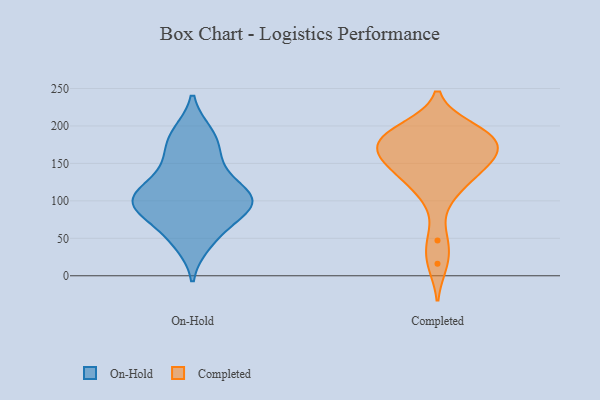
{"axis": {"x": "Revenue (USD Million)", "y": "Value"}, "legend": ["Completed", "On-Hold"], "data": [{"x": "", "y": 150, "type": "On-Hold"}, {"x": "", "y": 105, "type": "On-Hold"}, {"x": "", "y": 190, "type": "On-Hold"}, {"x": "", "y": 75, "type": "On-Hold"}, {"x": "", "y": 132, "type": "On-Hold"}, {"x": "", "y": 109, "type": "On-Hold"}, {"x": "", "y": 94, "type": "On-Hold"}, {"x": "", "y": 106, "type": "On-Hold"}, {"x": "", "y": 98, "type": "On-Hold"}, {"x": "", "y": 187, "type": "On-Hold"}, {"x": "", "y": 101, "type": "On-Hold"}, {"x": "", "y": 166, "type": "On-Hold"}, {"x": "", "y": 89, "type": "On-Hold"}, {"x": "", "y": 54, "type": "On-Hold"}, {"x": "", "y": 43, "type": "On-Hold"}, {"x": "", "y": 192, "type": "Completed"}, {"x": "", "y": 107, "type": "Completed"}, {"x": "", "y": 47, "type": "Completed"}, {"x": "", "y": 177, "type": "Completed"}, {"x": "", "y": 190, "type": "Completed"}, {"x": "", "y": 183, "type": "Completed"}, {"x": "", "y": 167, "type": "Completed"}, {"x": "", "y": 124, "type": "Completed"}, {"x": "", "y": 16, "type": "Completed"}, {"x": "", "y": 175, "type": "Completed"}, {"x": "", "y": 145, "type": "Completed"}, {"x": "", "y": 153, "type": "Completed"}, {"x": "", "y": 159, "type": "Completed"}, {"x": "", "y": 197, "type": "Completed"}, {"x": "", "y": 140, "type": "Completed"}]}